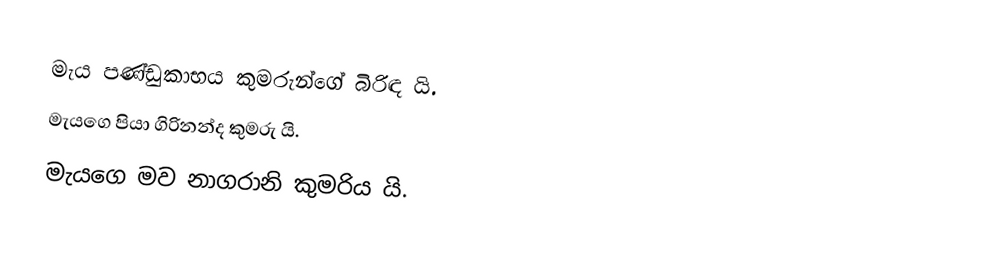
මැය පණ්ඩුකාභය කුමරුන්ගේ බිරිඳ යි.
මැයගෙ පියා ගිරිනන්ද කුමරු යි.
මැයගෙ මව නාගරානි කුමරිය යි.